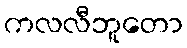
ကလလီဘူတော